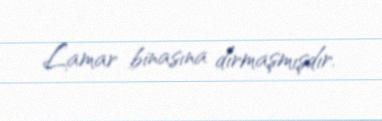
Lamar binasına dırmaşmışdır.